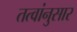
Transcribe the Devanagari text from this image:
तत्वांनुसार